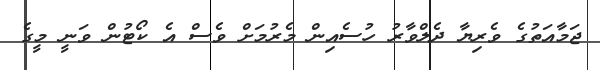
ޖަމާއަތުގެ ވެރިޔާ ދެލްވާރު ހުސެއިން މެރުމަށް ވެސް އެ ކޯޓުން ވަނީ މީގެ